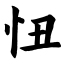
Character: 忸